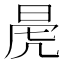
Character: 𭦁